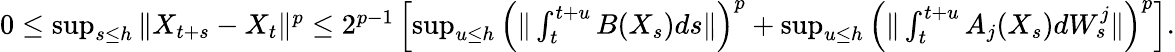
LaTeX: \begin{array}{r}{0\leq\operatorname*{sup}_{s\leq h}\| X_{t+s}-X_{t}\| ^{p}\leq 2^{p-1}\left[\operatorname*{sup}_{u\leq h}\left(\| \int_{t}^{t+u}B(X_{s})ds\| \right)^{p}+\operatorname*{sup}_{u\leq h}\left(\| \int_{t}^{t+u}A_{j}(X_{s})dW_{s}^{j}\| \right)^{p}\right].}\end{array}